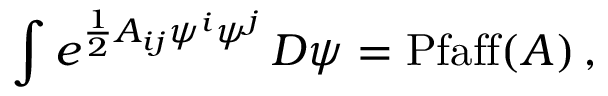
\int e ^ { { \frac { 1 } { 2 } } A _ { i j } \psi ^ { i } \psi ^ { j } } \, D \psi = \mathrm { P f a f f } ( A ) \, ,